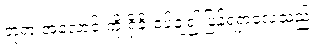
ဘုရားအလောင်းကို ရှိခိုးဝပ်ချ၍ ပြန်ရရှာလေသည်။